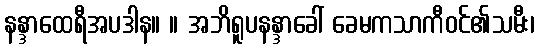
နန္ဒာထေရီအပဒါန။ ။ အဘိရူပနန္ဒာခေါ် ခေမကသာကီဝင်၏သမီး၊